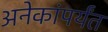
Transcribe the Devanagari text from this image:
अनेकांपर्यंत